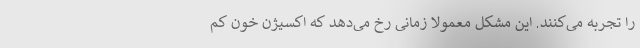
را تجربه می‌کنند. این مشکل معمولاً زمانی رخ می‌دهد که اکسیژن خون کم